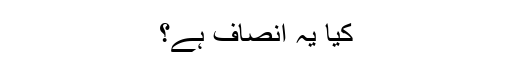
کیا یہ انصاف ہے؟